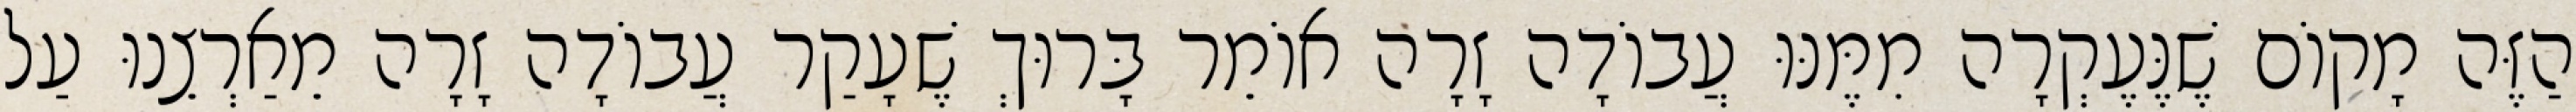
הַזֶּה מָקוֹם שֶׁנֶּעֶקְרָה מִמֶּנּוּ עֲבוֹדָה זָרָה אוֹמֵר בָּרוּךְ שֶׁעָקַר עֲבוֹדָה זָרָה מֵאַרְצֵנוּ עַל